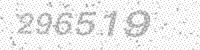
Solution: 296519